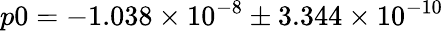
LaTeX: p0=-1.038\times 10^{-8}\pm 3.344\times 10^{-10}